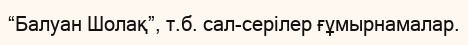
“Балуан Шолақ”, т.б. сал-серілер ғұмырнамалар.